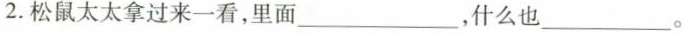
2.松鼠太太拿过来一看，里面___，什么也___。